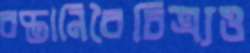
রপ্তানিবৈচিত্র্যও